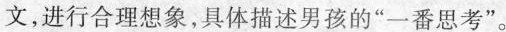
文，进行合理想象，具体描述男孩的”一番思考”。